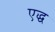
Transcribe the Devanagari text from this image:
एद्ध